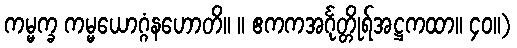
ကမ္မက္ခ ကမ္မယောဂ္ဂံနဟောတိ။ ။ ဧကကအင်္ဂုတ္တိုရ်အဋ္ဌကထာ။ ၄၀။)